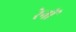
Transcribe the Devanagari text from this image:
रेनों